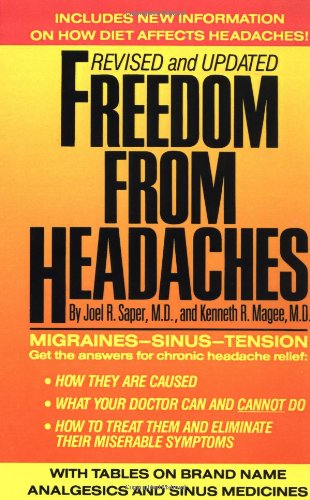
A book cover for Freedom from Headaches (Fireside Books (Holiday House)); Joel Saper; Health, Fitness & Dieting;